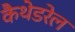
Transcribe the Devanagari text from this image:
कैथेडरेल